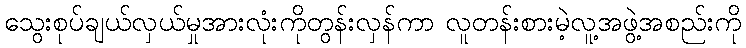
သွေးစုပ်ချယ်လှယ်မှုအားလုံးကိုတွန်းလှန်ကာ လူတန်းစားမဲ့လူ့အဖွဲ့အစည်းကို